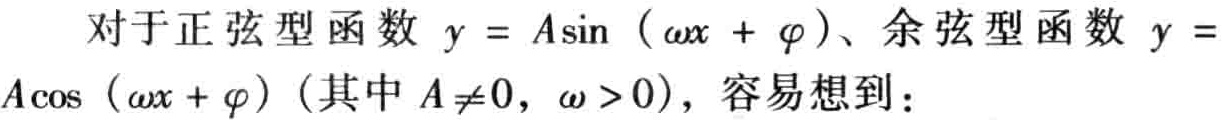
对于正弦型函数 \(y = A\sin(\omega x + \varphi)\)、余弦型函数 \(y = A\cos(\omega x + \varphi)\)（其中 \(A\neq0\)，\(\omega > 0\)），容易想到：